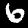
Label: 6